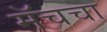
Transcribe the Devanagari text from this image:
मॅचचा